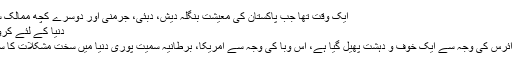
ایک وقت تھا جب پاکستان کی معیشت بنگلہ دیش، دبئی، جرمنی اور دوسرے کچھ ممالک سے بہت مزید پڑھیں
دنیا کے لئے کرونا وائرس عذاب الٰہی
دنیا بھر میں کرونا وائرس کی وجہ سے ایک خوف و دہشت پھیل گیا ہے، اس وبا کی وجہ سے امریکا، برطانیہ سمیت پوری دنیا میں سخت مشکلات کا سامنا کرنا پڑ رہا ہے۔